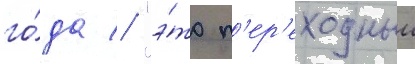
го́да // "э́то п'ер'еходныи